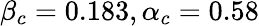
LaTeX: \beta_{c}=0.183,\alpha_{c}=0.58